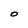
Character: O